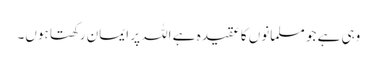
وہی ہے جو مسلمانوں کا عقیدہ ہے اللہ پر ایمان رکھتا ہوں۔